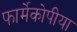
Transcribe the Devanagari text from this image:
फार्मेकोपीया